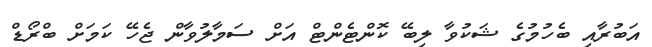
އަބުރާއި ބެހުމުގެ ޝަކުވާ ލިބޭ ކޮންޓެންޓް އަށް ސަމާލުވާން ޖެހޭ ކަމަށް ބްރޯޑް